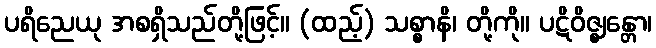
ပရိညေယု အစရှိသည်တို့ဖြင့်။ (ထည့်) သစ္စာနိ၊ တို့ကို။ ပဋိဝိဇ္ဈန္တော၊